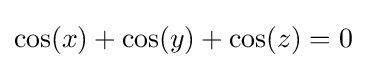
\cos(x)+\cos(y)+\cos(z)=0\